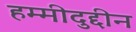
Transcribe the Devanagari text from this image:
हम्मीदुद्दीन